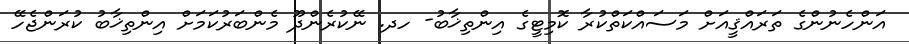
އަންހެނުންގެ ތަރައްޤީއަށް މަސައްކަތްކުރާ ކޮމިޓީގެ އިންތިޚާބު- ހދ. ނޭކުރެންދޫ މެންބަރުކަމަށް އިންތިޚާބު ކުރަންޖެހޭ